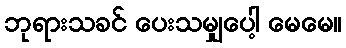
ဘုရားသခင် ပေးသမျှပေါ့ မေမေ။